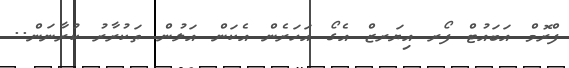
ފްރޮމް އަބައުޓް ފޯރ އިޔަރޒް އެގޯ އަހަރެން އެކަން އަލުން ތަކުރާރު ކުރާނަން..